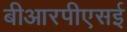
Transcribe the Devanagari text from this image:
बीआरपीएसई